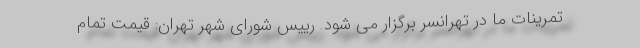
تمرینات ما در تهرانسر برگزار می شود. رییس شورای شهر تهران: قیمت تمام